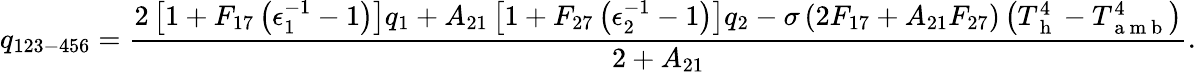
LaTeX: q_{123-456}=\frac{2\left[1+F_{17}\left(\epsilon_{1}^{-1}-1\right)\right]q_{1}+A_{21}\left[1+F_{27}\left(\epsilon_{2}^{-1}-1\right)\right]q_{2}-\sigma\left(2F_{17}+A_{21}F_{27}\right)\left(T_{\mathrm{~h~}}^{4}-T_{\mathrm{~a~m~b~}}^{4}\right)}{2+A_{21}}{.}